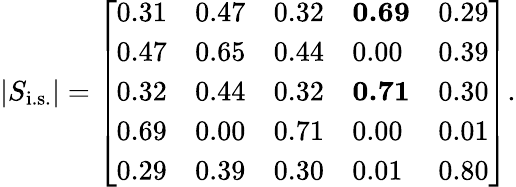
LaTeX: |S_{\mathrm{i.s.}}|=\left[\begin{array}{lllll}{{0.31}}&{{0.47}}&{{0.32}}&{\textbf{0.69}}&{{0.29}}\\ {{0.47}}&{{0.65}}&{{0.44}}&{{0.00}}&{{0.39}}\\ {{0.32}}&{{0.44}}&{{0.32}}&{\textbf{0.71}}&{{0.30}}\\ {{0.69}}&{{0.00}}&{{0.71}}&{{0.00}}&{{0.01}}\\ {{0.29}}&{{0.39}}&{{0.30}}&{{0.01}}&{{0.80}}\end{array}\right].